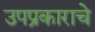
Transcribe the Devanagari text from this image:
उपप्रकाराचे